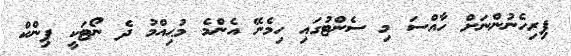
ފިރިހެނުންނަށް ހާއްސަ މި ސެންޓުގައި ހިމެނޭ އެންމެ މުޙިއްމު ދެ ނޯޓަކީ ޕިންކް